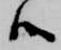
候